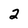
Character: 2